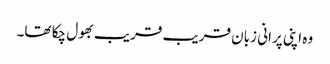
وہ اپنی پرانی زبان قریب قریب بھول چکا تھا۔